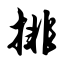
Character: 排